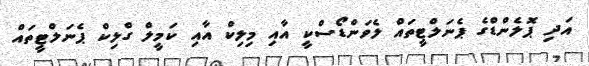
އަދި ޕޮލެންޑްގެ ޕެނަލްޓީތައް ލެވަންޑޯސްކީ އާއި މިލިކް އާއި ކަމީލް ގްލިކް ޕެނަލްޓީތައް